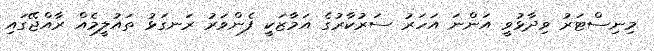
މިނިސްޓަރު ވިދާޅުވީ އަންނަ އަހަރު ސަރުކާރުގެ އަމާޒަކީ ފެންވަރު ރަނގަޅު ތައުލީމެއް ރާއްޖޭގައި